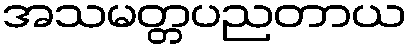
အသမတ္တပညတာယ